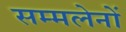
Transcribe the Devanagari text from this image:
सम्मलेनों